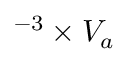
^ { - 3 } \times V _ { a }